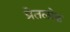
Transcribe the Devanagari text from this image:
प्रेतलोक